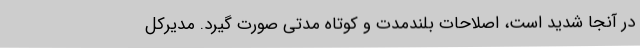
در آنجا شدید است، اصلاحات بلندمدت و کوتاه مدتی صورت گیرد. مدیرکل